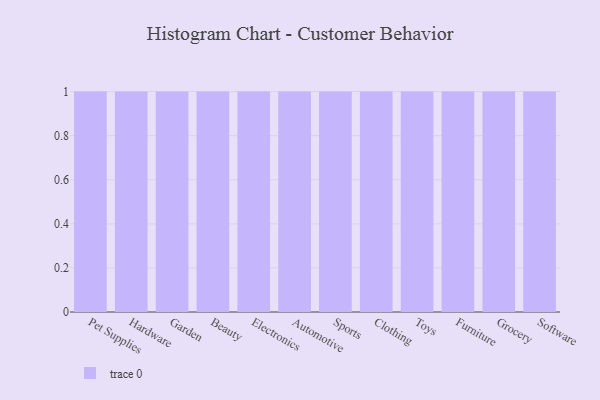
{"axis": {"x": "Category", "y": "LTV (USD)"}, "legend": [""], "data": [{"x": "Pet Supplies", "y": 80, "type": ""}, {"x": "Hardware", "y": 99, "type": ""}, {"x": "Garden", "y": 37, "type": ""}, {"x": "Beauty", "y": 98, "type": ""}, {"x": "Electronics", "y": 25, "type": ""}, {"x": "Automotive", "y": 36, "type": ""}, {"x": "Sports", "y": 66, "type": ""}, {"x": "Clothing", "y": 34, "type": ""}, {"x": "Toys", "y": 18, "type": ""}, {"x": "Furniture", "y": 21, "type": ""}, {"x": "Grocery", "y": 14, "type": ""}, {"x": "Software", "y": 50, "type": ""}]}